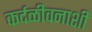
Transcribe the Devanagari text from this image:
कर्दळीवनाशी